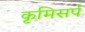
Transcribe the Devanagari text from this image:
कृमिसर्प